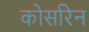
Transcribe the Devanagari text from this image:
कोर्सारेन